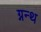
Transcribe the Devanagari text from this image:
ग्नन्थ